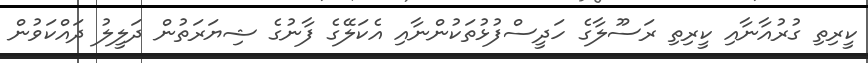
ކީރިތި ގުރުއާނާއި ކީރިތި ރަސޫލާގެ ހަދީސްފުޅުތަކުންނާއި އެކަލޭގެ ފާނުގެ ޝިޔަރަތުން ދަލީލު ދައްކަވުން